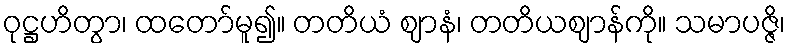
ဝုဋ္ဌဟိတွာ၊ ထတော်မူ၍။ တတိယံ ဈာနံ၊ တတိယဈာန်ကို။ သမာပဇ္ဇိ၊